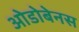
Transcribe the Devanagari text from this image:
ओडोबेनस